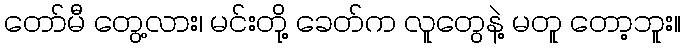
တော်မီ တွေ့လား၊ မင်းတို့ ခေတ်က လူတွေနဲ့ မတူ တော့ဘူး။